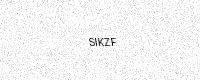
Text: SIKZF